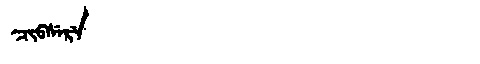
Manchu: ᠴᡳᠪᠰᡝᡵᡝ
Romanization: CIBSERE